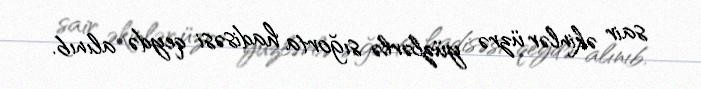
sair əkinlər üzrə yüzlərlə sığorta hadisəsi qeydə alınıb.